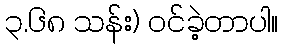
၃.၆၈ သန်း) ဝင်ခဲ့တာပါ။